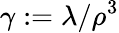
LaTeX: \gamma:=\lambda/\rho^{3}